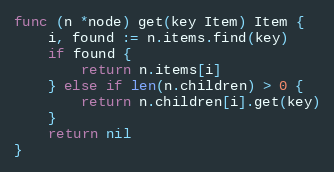
Language: Go
func (n *node) get(key Item) Item {
	i, found := n.items.find(key)
	if found {
		return n.items[i]
	} else if len(n.children) > 0 {
		return n.children[i].get(key)
	}
	return nil
}